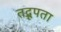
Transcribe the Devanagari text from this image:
तद्रूपता